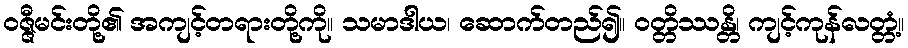
ဝဇ္ဇီမင်းတို့၏ အကျင့်တရားတို့ကို။ သမာဒါယ၊ ဆောက်တည်၍။ ဝတ္တိဿန္တိ၊ ကျင့်ကုန်လတ္တံ့။